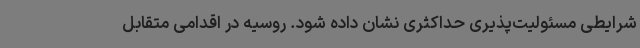
شرایطی مسئولیت‌پذیری حداکثری نشان داده شود. روسیه در اقدامی متقابل